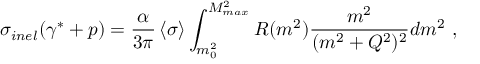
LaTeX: \sigma _ { i n e l } ( \gamma ^ { * } + p ) = { \frac { \alpha } { 3 \pi } } \left< \sigma \right> \int _ { m _ { 0 } ^ { 2 } } ^ { M _ { m a x } ^ { 2 } } R ( m ^ { 2 } ) { \frac { m ^ { 2 } } { ( m ^ { 2 } + Q ^ { 2 } ) ^ { 2 } } } d m ^ { 2 } \ ,